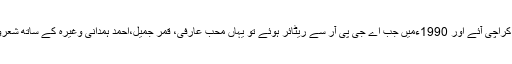
ایک برس بعد محبوب خزاںواپس کراچی آئے اور 1990ءمیں جب اے جی پی آر سے ریٹائر ہوئے تو یہاں محب عارفی، قمر جمیل،احمد ہمدانی وغیرہ کے ساتھ شعروادب کی محفلوں میں جاتے رہے۔